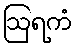
ဩရကံ